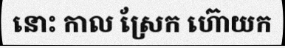
នោះ កាល ស្រែក ហ៊ោយក